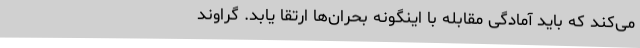
می‌کند که باید آمادگی مقابله با اینگونه بحران‌ها ارتقا یابد. گراوند